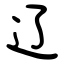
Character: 辽